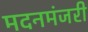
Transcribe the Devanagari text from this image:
मदनमंजरी